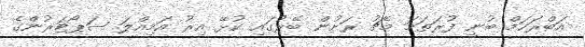
އަބްރަހަމް ބުނީ ފުރަތަމަ މެޗު ރަށުން ބޭރުގައި ކުޅޭ އިރު އަމިއްލަ ސަޕޯޓަރުންގެ